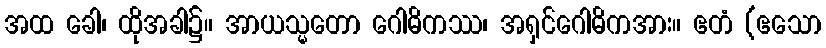
အထ ခေါ၊ ထိုအခါ၌။ အာယသ္မတော ဂေါဓိကဿ၊ အရှင်ဂေါဓိကအား။ ဧတံ (ဧသော